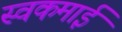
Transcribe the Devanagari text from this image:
स्वकमाई